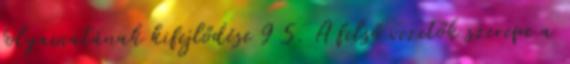
folyamatának kifejlődése 9 5. A felső vezetők szerepe a